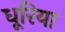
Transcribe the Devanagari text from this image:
धूरिया